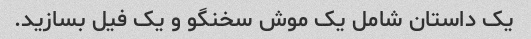
یک داستان شامل یک موش سخنگو و یک فیل بسازید.